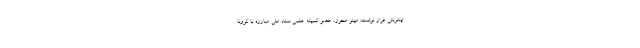
اینترنتی فراز نوشت: مینو محرز، عضو کمیته علمی ستاد ملی مبارزه با کرونا